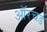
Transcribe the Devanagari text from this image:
ऑरचर्ड